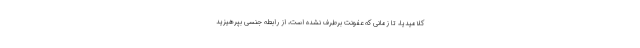
کلامیدیا، تا زمانی که عفونت برطرف نشده است، از رابطه جنسی بپرهیزید